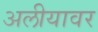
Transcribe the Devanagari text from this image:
अलीयावर